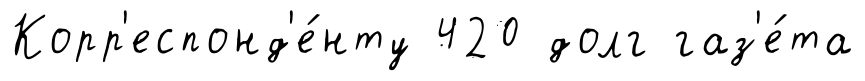
Корр'еспонд'е́нту 420 долг газ'е́та